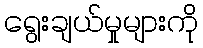
ရွေးချယ်မှုများကို